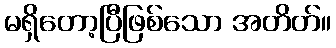
မရှိတော့ပြီဖြစ်သော အတိတ်။